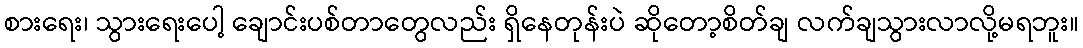
စားရေး၊ သွားရေးပေါ့ ချောင်းပစ်တာတွေလည်း ရှိနေတုန်းပဲ ဆိုတော့စိတ်ချ လက်ချသွားလာလို့မရဘူး။